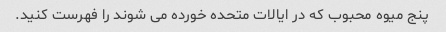
پنج میوه محبوب که در ایالات متحده خورده می شوند را فهرست کنید.